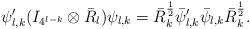
LaTeX: \begin{align*}\psi'_{l,k}(I_{4^{l-k}}\otimes \bar{R}_l)\psi_{l,k}=\bar{R}_k^{\frac{1}{2}}\bar{\psi}'_{l,k}\bar{\psi}_{l,k}\bar{R}_k^{\frac{1}{2}}.\end{align*}